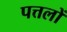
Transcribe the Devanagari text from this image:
पत्तलों